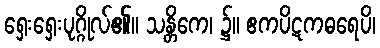
ရှေးရှေးပုဂ္ဂိုလ်၏။ သန္တိကေ၊ ၌။ ဧကပိဋကဓရေပိ၊